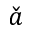
\check { a }